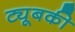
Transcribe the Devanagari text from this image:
ट्यूबकी